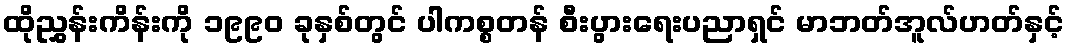
ထိုညွှန်းကိန်းကို ၁၉၉၀ ခုနှစ်တွင် ပါကစ္စတန် စီးပွားရေးပညာရှင် မာဘတ်အူလ်ဟတ်နှင့်